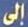
إلى